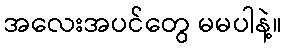
အလေးအပင်တွေ မမပါနဲ့။